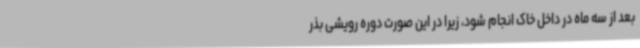
بعد از سه ماه در داخل خاک انجام شود، زیرا در این صورت دوره رویشی بذر